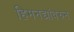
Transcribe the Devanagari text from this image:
हिमनद्यांवरुन